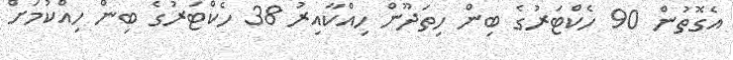
އެގޮތުން 90 ހެކްޓަރުގެ ބިން ހިތަދޫން ހިއްކާއިރު 38 ހެކްޓަރުގެ ބިން ހިއްކުމަށް